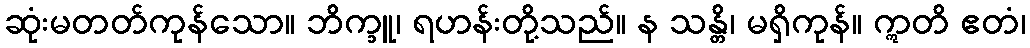
ဆုံးမတတ်ကုန်သော။ ဘိက္ခူ၊ ရဟန်းတို့သည်။ န သန္တိ၊ မရှိကုန်။ ဣတိ ဧတံ၊